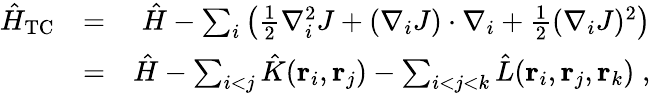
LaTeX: \begin{array}{rlr}{\hat{H}_{\mathrm{TC}}}&{=}&{\hat{H}-\sum_{i}\left(\frac{1}{2}\nabla_{i}^{2}J+(\nabla_{i}J)\cdot\nabla_{i}+\frac{1}{2}(\nabla_{i}J)^{2}\right)}\\ &{=}&{\hat{H}-\sum_{i<j}\hat{K}({\mathbf r}_{i},{\mathbf r}_{j})-\sum_{i<j<k}\hat{L}({\mathbf r}_{i},{\mathbf r}_{j},{\mathbf r}_{k})\; ,}\end{array}